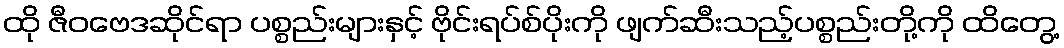
ထို ဇီဝဗေဒဆိုင်ရာ ပစ္စည်းများနှင့် ဗိုင်းရပ်စ်ပိုးကို ဖျက်ဆီးသည့်ပစ္စည်းတို့ကို ထိတွေ့